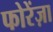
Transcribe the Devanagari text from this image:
फोरेंज़ा